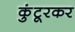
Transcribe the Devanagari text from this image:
कुंटूरकर